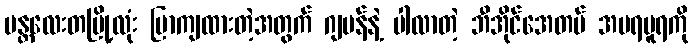
မန္တလေးတမြို့လုံး ပြာကျထားတဲ့အတွက် ဂျပန်နဲ့ ပါလာတဲ့ ဘီအိုင်အေတပ် အမရပူရကို